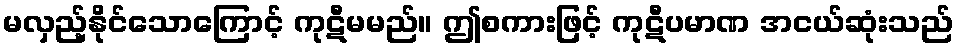
မလှည့်နိုင်သောကြောင့် ကုဋီမမည်။ ဤစကားဖြင့် ကုဋီပမာဏ အငယ်ဆုံးသည်